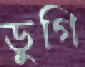
ডুগি